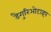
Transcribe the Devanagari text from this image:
डैगुरिओटाइप